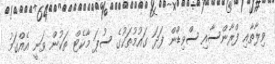
ވިލާތާއި ފްރާންސާއި ސްވިޑްން ފަދަ ގައުމުތަކުގެ ސުޕަ މާކެޓް ތަކުން ވަނީ އެއްގަމު